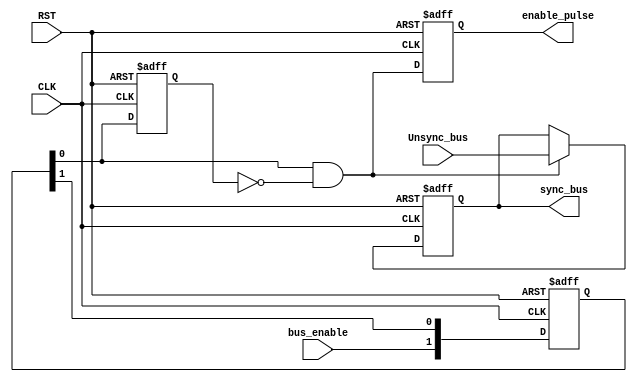
module DATA_SYNC 
#(  parameter NUM_STAGES = 2, //number of stages should be 2 or more
    parameter BUS_WIDTH = 8)
(
    input wire [BUS_WIDTH-1:0] Unsync_bus,
    input wire bus_enable, CLK, RST,
    output reg enable_pulse,
    output reg [BUS_WIDTH-1:0] sync_bus
);

reg [NUM_STAGES-1:0] Multi_Flop;

reg Pulse_Gen, Pulse_GenFF;

reg [BUS_WIDTH-1:0] MUX_OUT;


integer Counter;

//########## Multiple flip flop stage##############//

always @(posedge CLK or negedge RST) 
begin
    if(!RST)
    begin
        for (Counter = 0; Counter<NUM_STAGES ; Counter = Counter+1) 
        begin
            Multi_Flop[Counter] <= 'b0;
        end
    end    
    else
    begin
        Multi_Flop <= {bus_enable,Multi_Flop[NUM_STAGES-1:1]};
        /*Multi_Flop[NUM_STAGES-1] <= bus_enable;
        for (Counter = NUM_STAGES-1; Counter>=1 ; Counter = Counter-1) 
        begin
            Multi_Flop[Counter-1] <= Multi_Flop[Counter];
        end*/
    end
end
//######################################################//

//################## Pulse Gen stage####################//

always @(posedge CLK or negedge RST) 
begin
    if(!RST)
    begin
        Pulse_GenFF <= 1'b0;
    end
    else
    begin
        Pulse_GenFF <= Multi_Flop[0];
    end    
end

always @(*) 
begin
    Pulse_Gen =  Multi_Flop[0] & (!Pulse_GenFF);   
end
//####################################################//

//################# SYNC_BUS STAGE####################//
always @(*) 
begin
    if(Pulse_Gen)
    begin
        MUX_OUT = Unsync_bus;
    end    
    else
    begin
        MUX_OUT = sync_bus;
    end
end

always @(posedge CLK or negedge RST) 
begin
    if(!RST)
    begin
        sync_bus <= 'b0;
        enable_pulse <= 1'b0;
    end    
    else
    begin
        sync_bus <= MUX_OUT;
        enable_pulse <= Pulse_Gen;
    end
end
//####################################################//
    
endmodule